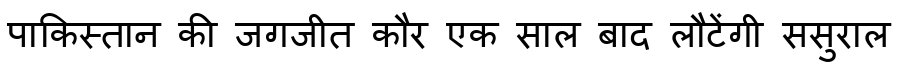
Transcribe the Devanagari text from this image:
पाकिस्तान की जगजीत कौर एक साल बाद लौटेंगी ससुराल